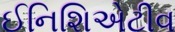
ઈનિશિએટીવ